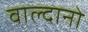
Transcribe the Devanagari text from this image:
वाल्दानो